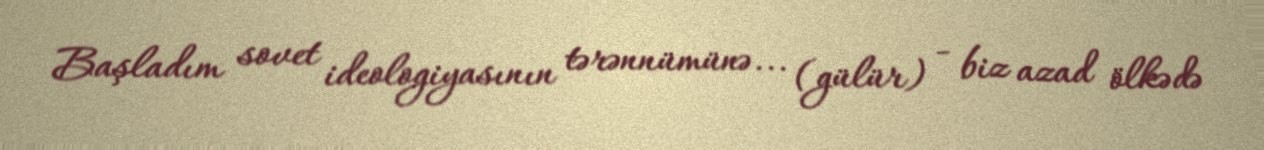
Başladım sovet ideologiyasının tərənnümünə... (gülür) - biz azad ölkədə